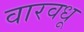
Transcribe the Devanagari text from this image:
वारवधू